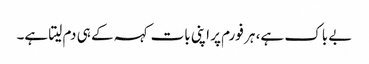
بے باک ہے، ہر فورم پر اپنی بات کہہ کے ہی دم لیتا ہے۔